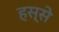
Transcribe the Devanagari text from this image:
हस्से